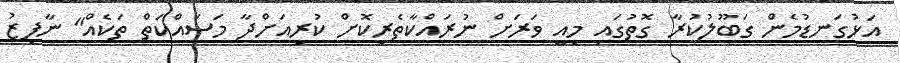
އަޅުގަނޑުމެން ގަބޫލުކުރާ ގޮތުގައި މިއީ ވަރަށް ނުރައްކާތެރިކޮށް ކުރިއަށްދާ މަސައްކަތް ތަކެއް" ނާފިޒު